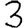
Digit: 3